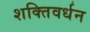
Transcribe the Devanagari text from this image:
शक्तिवर्धन